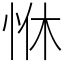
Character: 恘